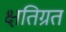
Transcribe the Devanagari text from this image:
क्षतिग्रत